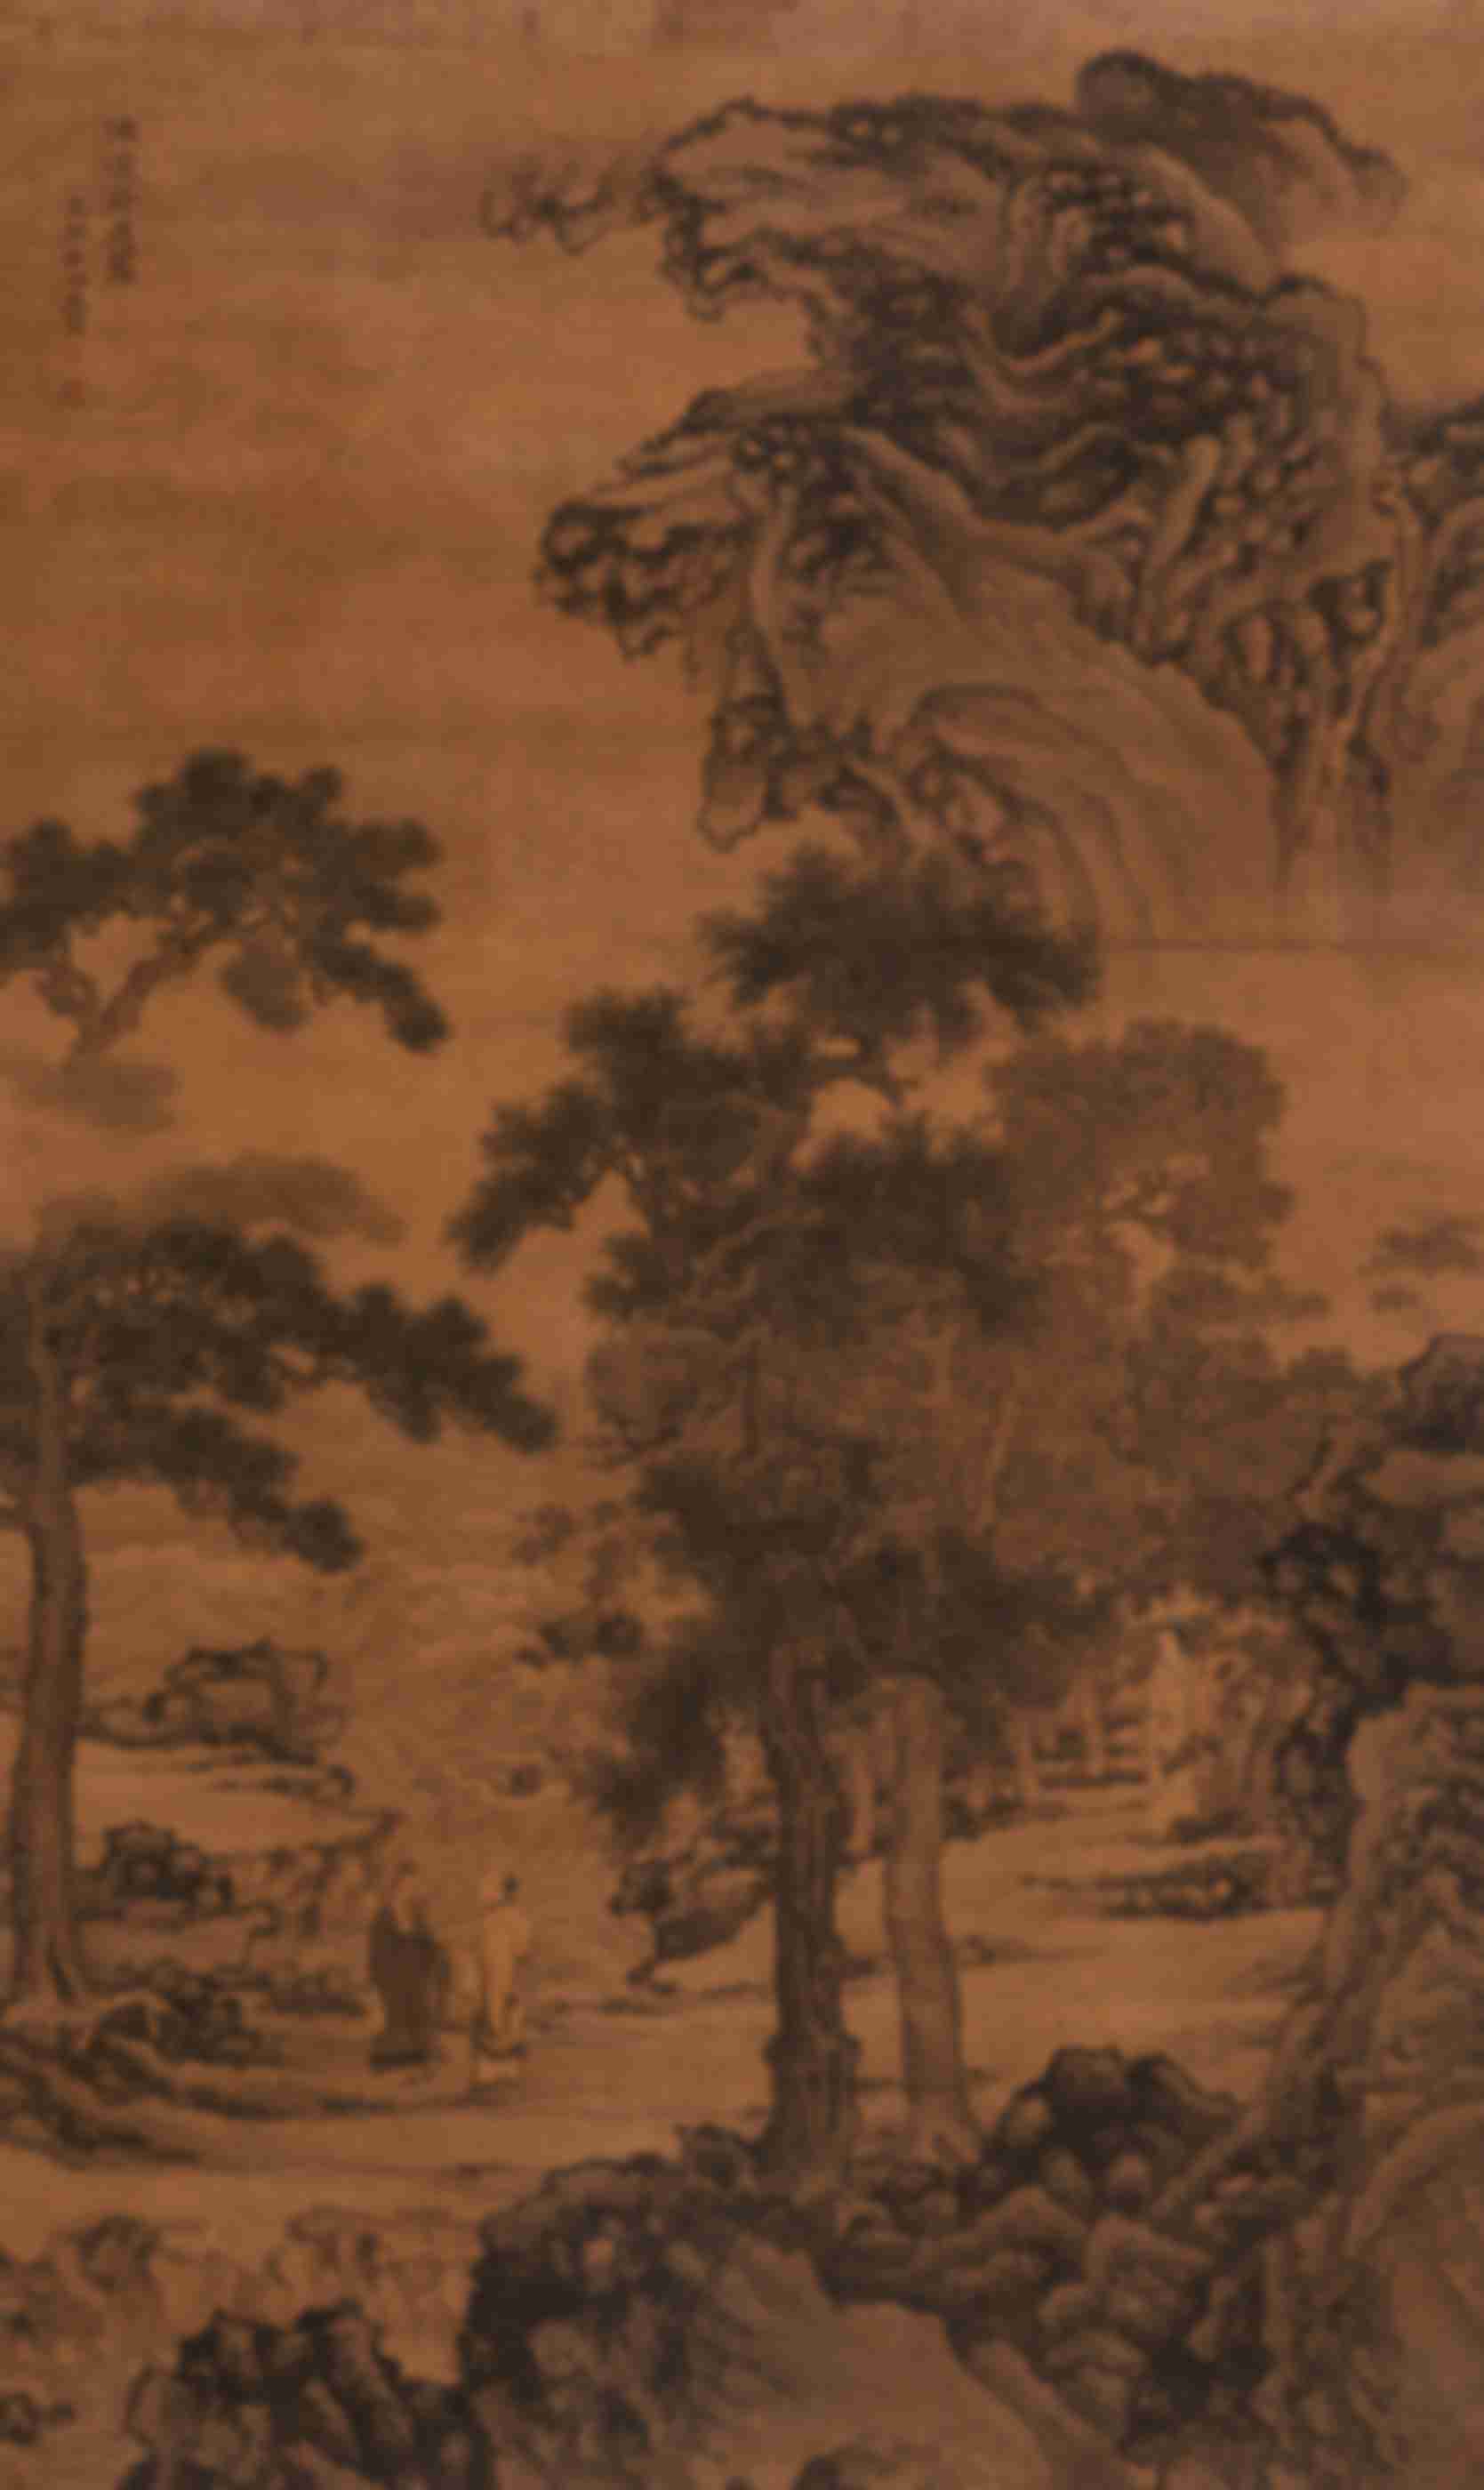
极目离离，遍地濛濛，官桥野塘。